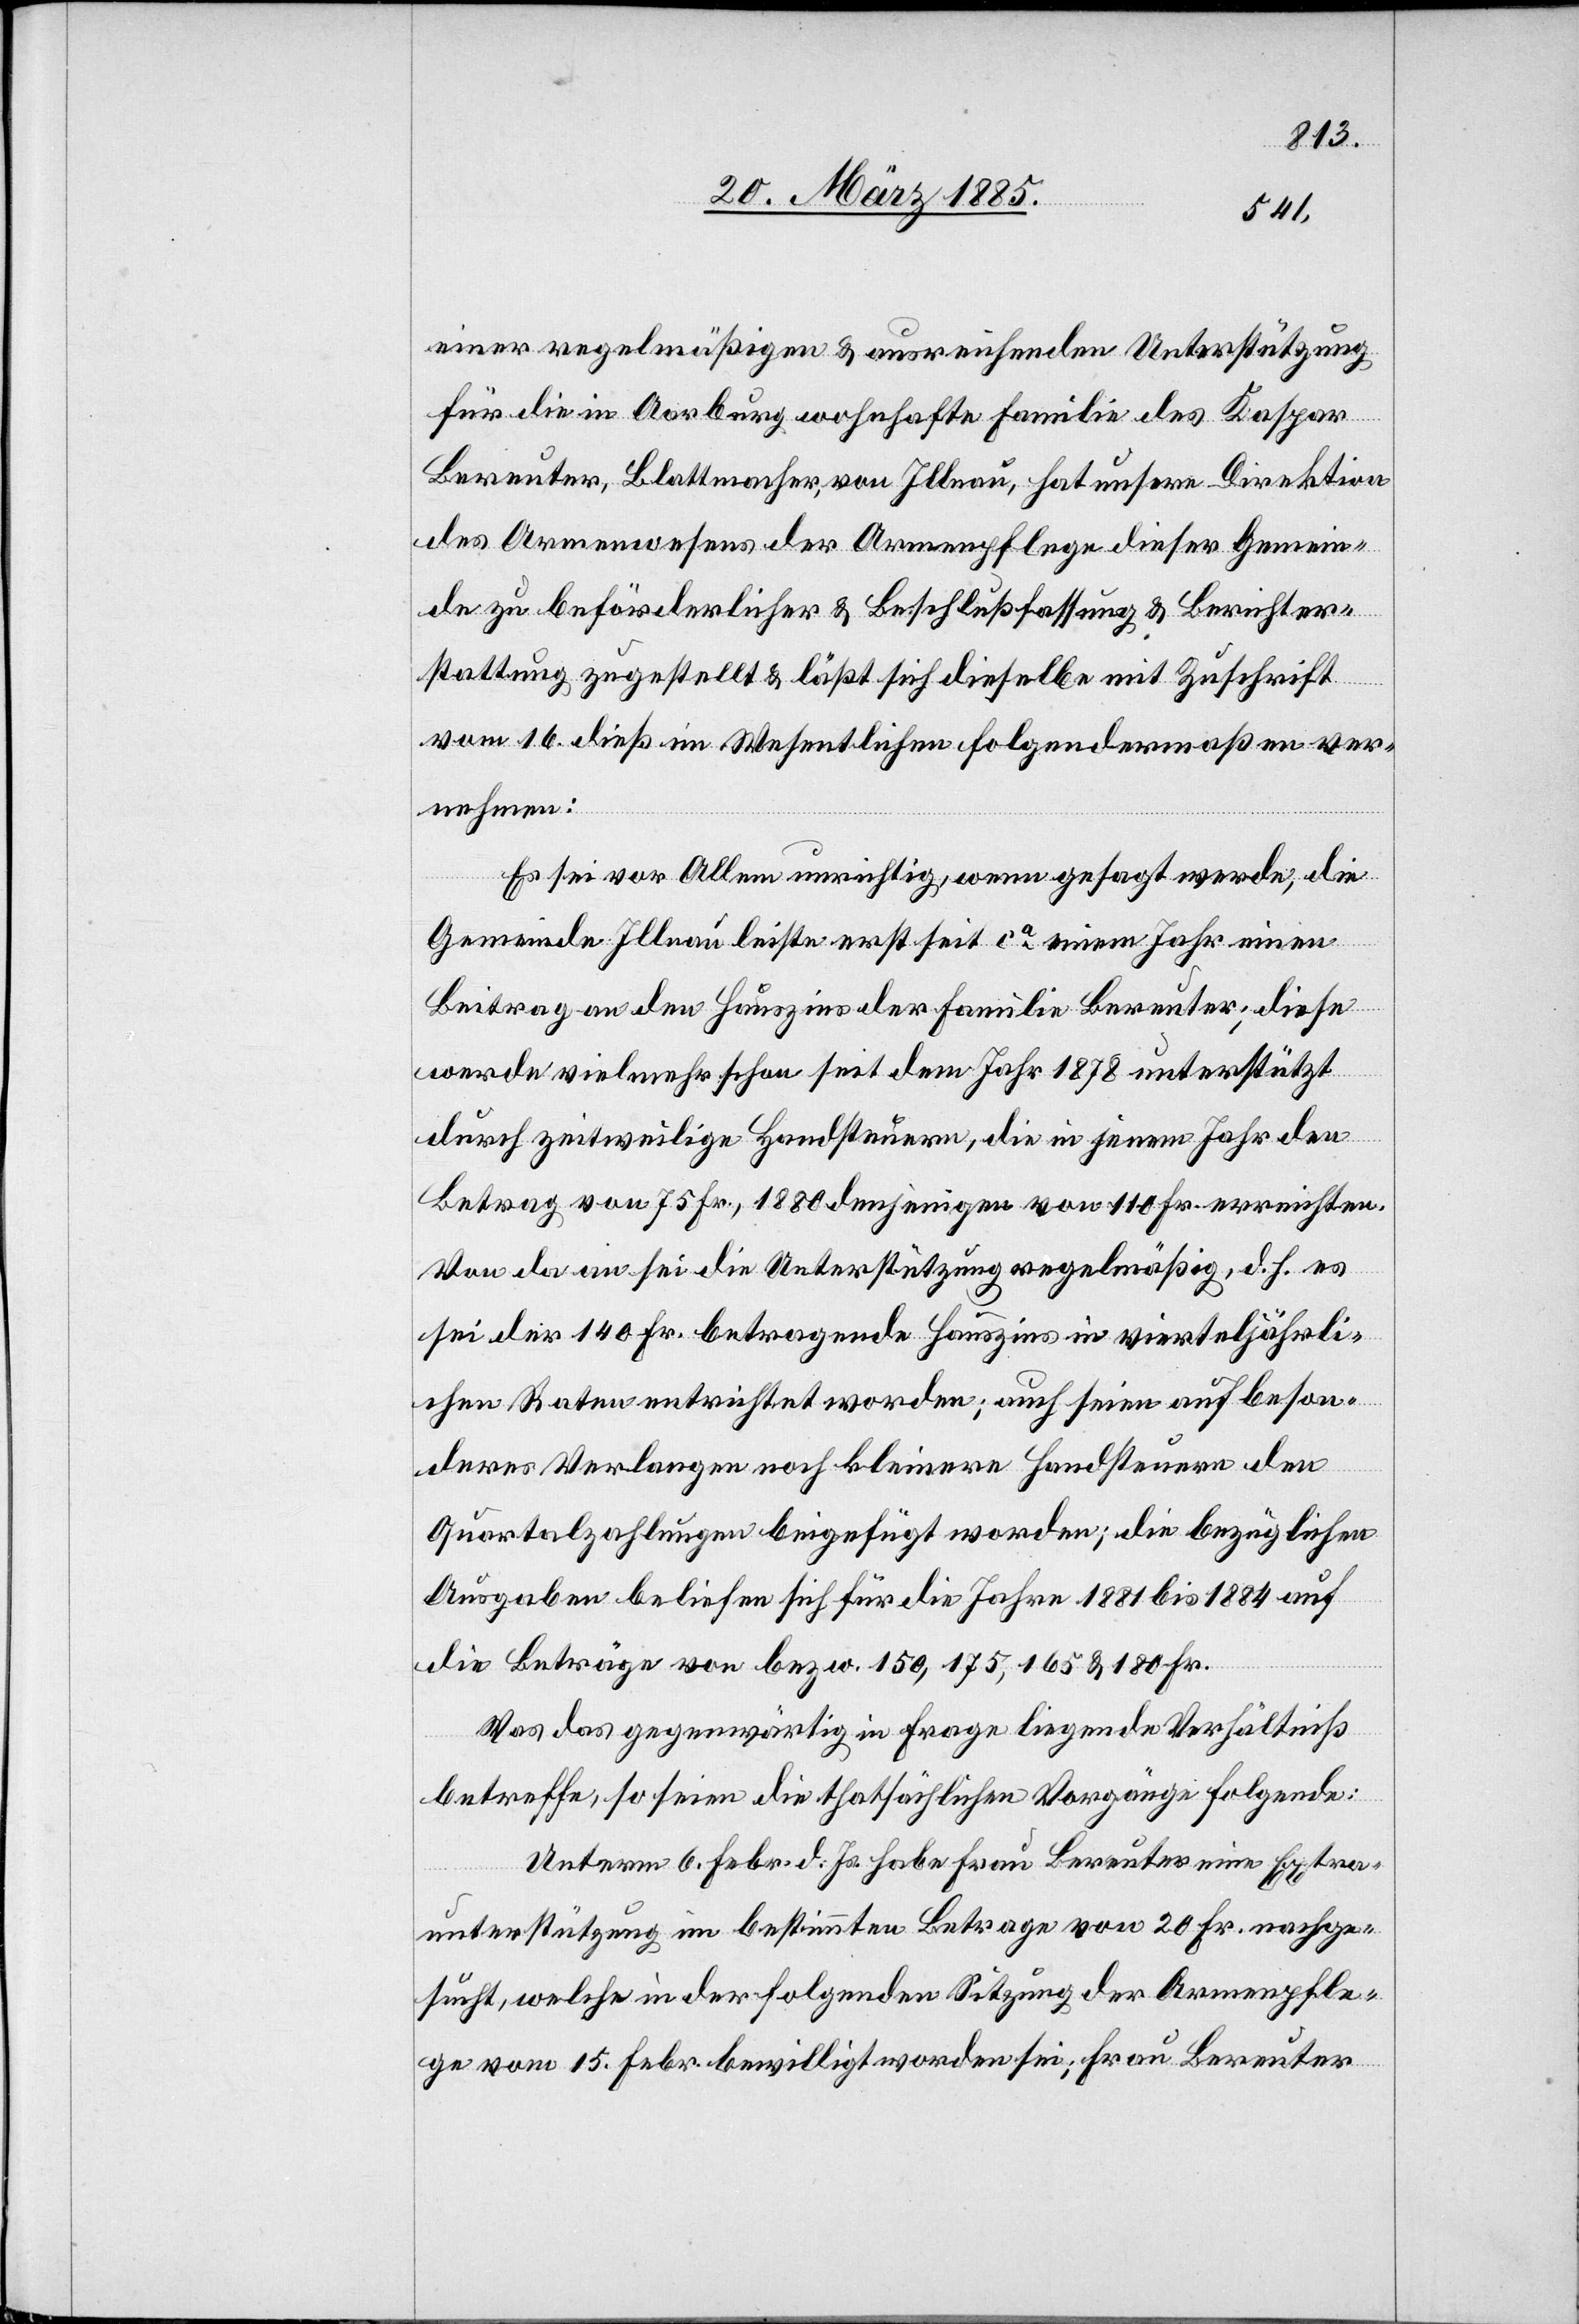
einer regelmäßigen & ausreichenden Unterstützung
für die in Aarberg wohnhafte Familie des Kaspar
Bereuter, Blattmacher, von Illnau, hat unsere Direktion
des Armenwesens der Armenpflege dieser Gemein¬
de zu beförderlicher & Beschlußfassung & Berichter¬
stattung [sic!] zugestellt & läßt sich dieselbe mit Zuschrift
vom 16. dieß im Wesentlichen folgendermaßen ver¬
nehmen:
Es sei vor Allem unrichtig, wenn gesagt werde, die
Gemeinde Illnau leiste erst seit ca einem Jahr einen
Beitrag an den Hauszins der Familie Bereuter; diese
werde vielmehr schon seit dem Jahr 1878 unterstützt
durch zeitweilige Handsteuern, die in jenem Jahr den
Betrag von 75 Fr., 1880 denjenigen von 110 Fr. erreichten.
Von da an sei die Unterstützung regelmäßig, d. h. es
sei der 140 Fr. betragende Hauszins in vierteljährli¬
chen Raten entrichtet worden; auch seien auf beson¬
deres Verlangen noch kleinere Handsteuern den
Quartalzahlungen beigefügt worden; die bezüglichen
Ausgaben beliefen sich für die Jahre 1881 bis 1884 auf
die Beträge von bezw. 150, 175, 165 & 180 Fr.
Was das gegenwärtig in Frage liegende Verhältniß
betreffe, so seien die thatsächlichen Vorgänge folgende:
Unterm 6. Febr. d. Js. habe Frau Bereuter eine Extra¬
unterstützung im bestimmten Betrage von 20 Fr. nachge¬
sucht, welche in der folgenden Sitzung der Armenpfle¬
ge vom 15. Febr. bewilligt worden sei; Frau Bereuter